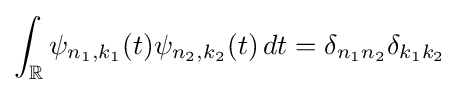
\int _{\mathbb {R} }\psi _{n_{1},k_{1}}(t)\psi _{n_{2},k_{2}}(t)\,dt=\delta _{n_{1}n_{2}}\delta _{k_{1}k_{2}}